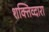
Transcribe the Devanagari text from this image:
शक्तिव्दारा